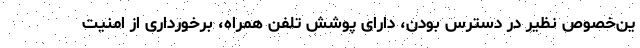
ین‌خصوص نظیر در دسترس بودن، دارای پوشش تلفن همراه، برخورداری از امنیت